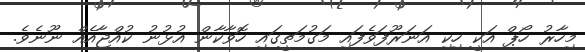
މިހާރު ހޯޕް އަކީ ހިކި އަނަރޫފަވެފައި މަގުމަތީގައި ހޮވާކާން އުޅުނު ކުއްޖާއެއް ނޫނެވެ.